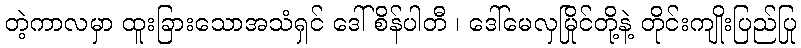
တဲ့ကာလမှာ ထူးခြားသောအသံရှင် ဒေါ်စိန်ပါတီ ၊ ဒေါ်မေလှမြိုင်တို့နဲ့ တိုင်းကျိုးပြည်ပြု